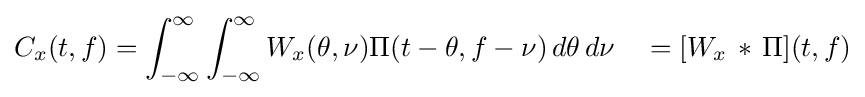
C_{x}(t,f)=\int _{-\infty }^{\infty }\int _{-\infty }^{\infty }W_{x}(\theta ,\nu )\Pi (t-\theta ,f-\nu )\,d\theta \,d\nu \quad =[W_{x}\,\ast \,\Pi ](t,f)